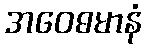
အဝေဓမာနံ